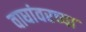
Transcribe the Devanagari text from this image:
वाघांवरच्या